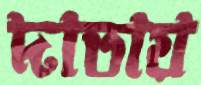
দাতায়